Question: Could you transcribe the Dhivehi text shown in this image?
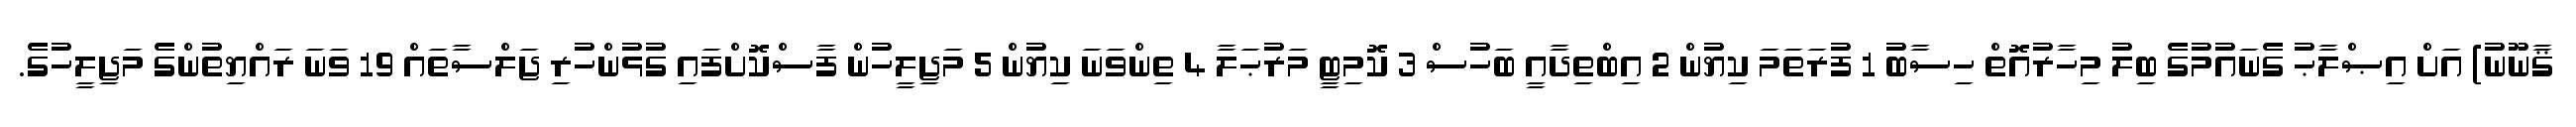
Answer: ޤާނޫނު) އަށް އިޞްލާޙު ގެނައުމުގެ ބިލު މިހާރުއޮތް ހިސާބު 1 ފުރަތަމަ ކިޔުން 2 އިބްތިދާއީ ބަހުސް 3 ކޮމިޓީ މަރުޙަލާ 4 ތިންވަނަ ކިޔުން 5 މަޖިލީހުން ފާސްކޮށްފައި ގުޅުންހުރި ޖަލްސާތައް 19 ވަނަ ރައްޔިތުންގެ މަޖިލީހުގެ.